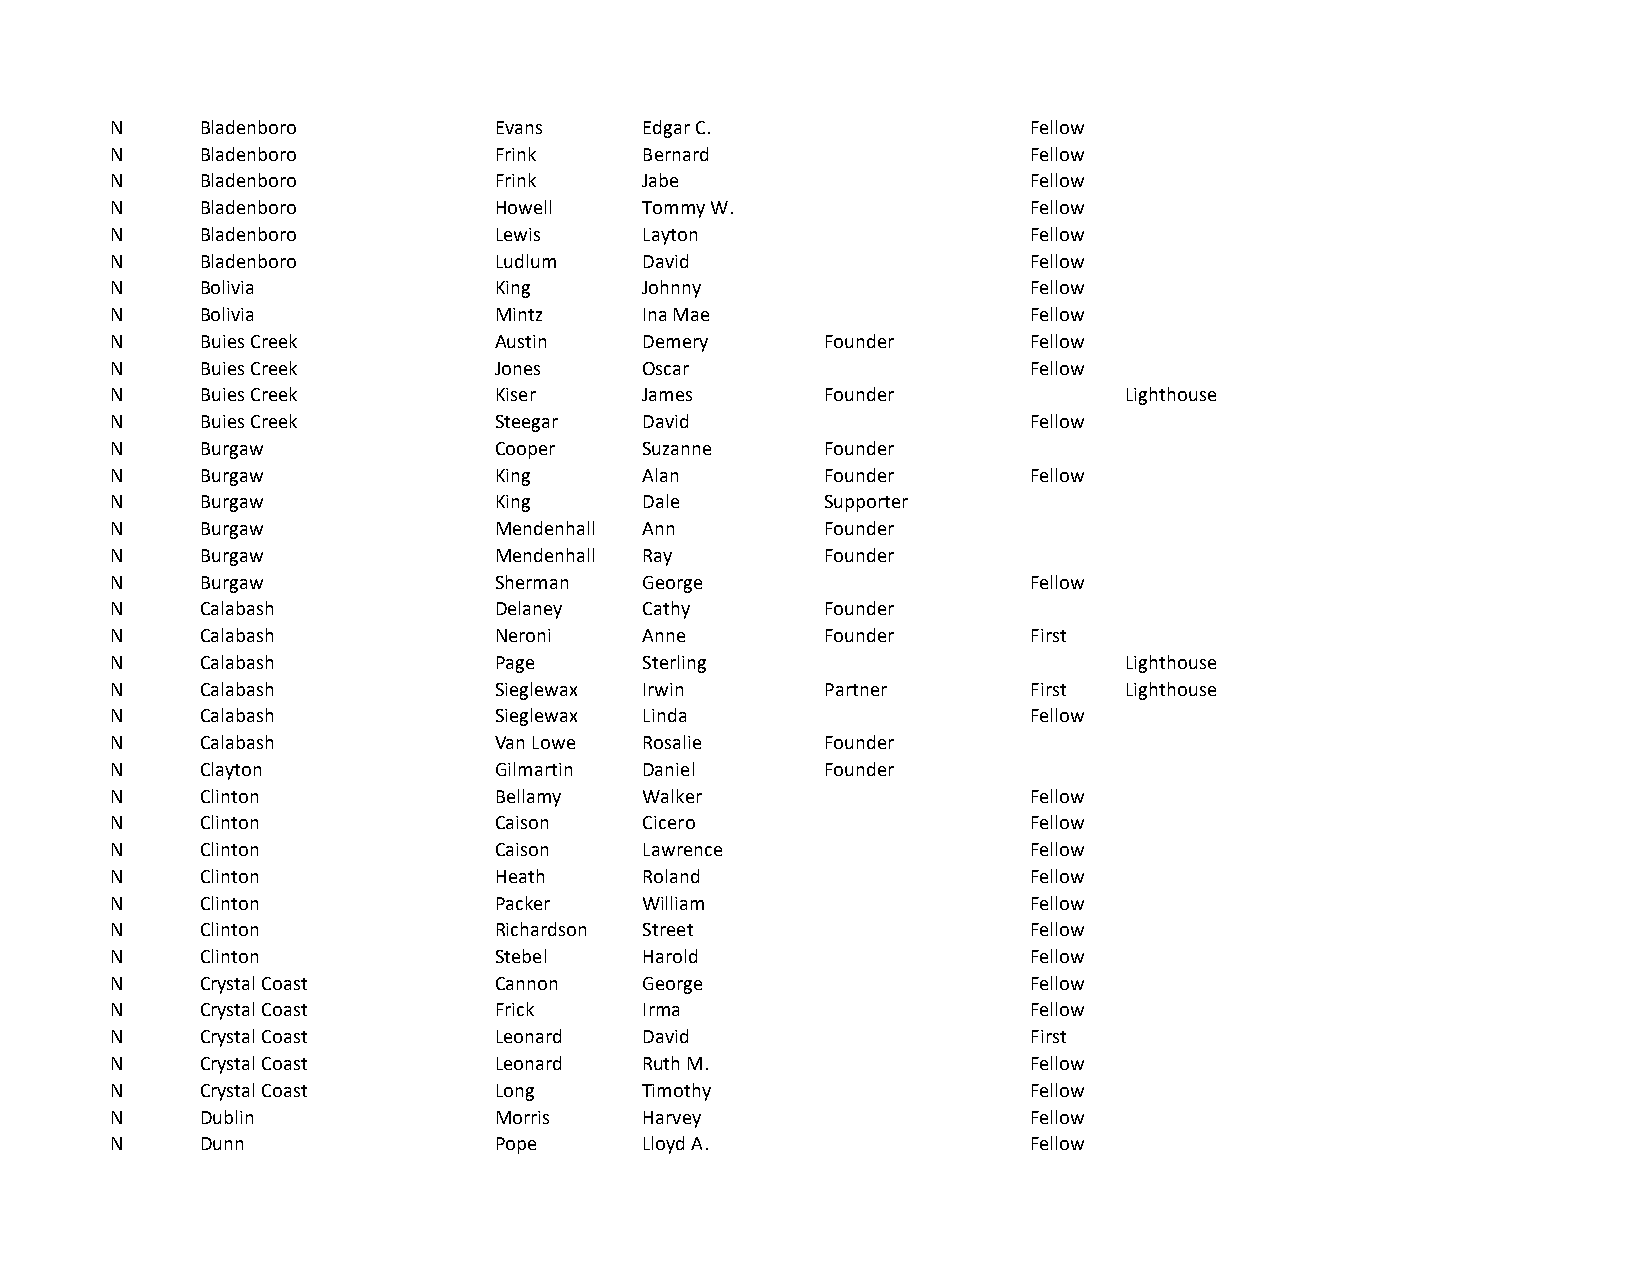
N     Bladenboro          Evans     Edgar C.                 Fellow
 N     Bladenboro          Frink     Bernard                  Fellow
 N     Bladenboro          Frink     Jabe                     Fellow
 N     Bladenboro          Howell    Tommy W.                 Fellow
 N     Bladenboro          Lewis     Layton                   Fellow
 N     Bladenboro          Ludlum    David                    Fellow
 N     Bolivia             King      Johnny                   Fellow
 N     Bolivia             Mintz     Ina Mae                  Fellow
 N     Buies Creek         Austin    Demery      Founder      Fellow
 N     Buies Creek         Jones     Oscar                    Fellow
 N     Buies Creek         Kiser     James       Founder            Lighthouse
 N     Buies Creek         Steegar   David                    Fellow
 N     Burgaw              Cooper    Suzanne     Founder
 N     Burgaw              King      Alan        Founder      Fellow
 N     Burgaw              King      Dale        Supporter
 N     Burgaw              Mendenhall Ann        Founder
 N     Burgaw              Mendenhall Ray        Founder
 N     Burgaw              Sherman   George                   Fellow
 N     Calabash            Delaney   Cathy       Founder
 N     Calabash            Neroni    Anne        Founder      First
 N     Calabash            Page      Sterling                       Lighthouse
 N     Calabash            Sieglewax Irwin       Partner      First Lighthouse
 N     Calabash            Sieglewax Linda                    Fellow
 N     Calabash            Van Lowe  Rosalie     Founder
 N     Clayton             Gilmartin Daniel      Founder
 N     Clinton             Bellamy   Walker                   Fellow
 N     Clinton             Caison    Cicero                   Fellow
 N     Clinton             Caison    Lawrence                 Fellow
 N     Clinton             Heath     Roland                   Fellow
 N     Clinton             Packer    William                  Fellow
 N     Clinton             Richardson Street                  Fellow
 N     Clinton             Stebel    Harold                   Fellow
 N     Crystal Coast       Cannon    George                   Fellow
 N     Crystal Coast       Frick     Irma                     Fellow
 N     Crystal Coast       Leonard   David                    First
 N     Crystal Coast       Leonard   Ruth M.                  Fellow
 N     Crystal Coast       Long      Timothy                  Fellow
 N     Dublin              Morris    Harvey                   Fellow
 N     Dunn                Pope      Lloyd A.                 Fellow